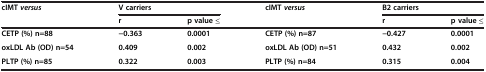
| cIMT versus | <COLSPAN=2> V carriers | cIMT versus | <COLSPAN=2> B2 carriers |
 |  | r | p value ≤ |  | r | p value ≤ |
 | --- | --- | --- | --- | --- | --- |
 | CETP (%) n=88 | −0.363 | 0.0001 | CETP (%) n=87 | −0.427 | 0.0001 |
 | oxLDL Ab (OD) n=54 | 0.409 | 0.002 | oxLDL Ab (OD) n=51 | 0.432 | 0.002 |
 | PLTP (%) n=85 | 0.322 | 0.003 | PLTP (%) n=84 | 0.315 | 0.004 |